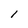
Character: l